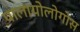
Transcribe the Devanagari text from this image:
पालायोलोगोस